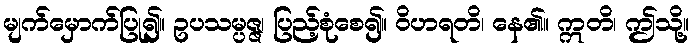
မျက်မှောက်ပြု၍။ ဥပသမ္ပဇ္ဇ၊ ပြည့်စုံစေ၍။ ဝိဟရတိ၊ နေ၏။ ဣတိ၊ ဤသို့။